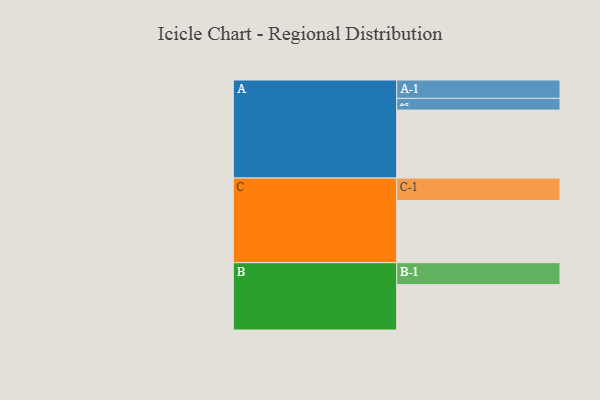
{"axis": {"x": "Segment", "y": "Value"}, "legend": ["", "A", "B", "C"], "data": [{"x": "A", "y": 511, "type": ""}, {"x": "B", "y": 341, "type": ""}, {"x": "C", "y": 467, "type": ""}, {"x": "A-1", "y": 138, "type": "A"}, {"x": "A-2", "y": 88, "type": "A"}, {"x": "B-1", "y": 165, "type": "B"}, {"x": "C-1", "y": 169, "type": "C"}]}